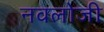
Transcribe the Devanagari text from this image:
नवलोजी